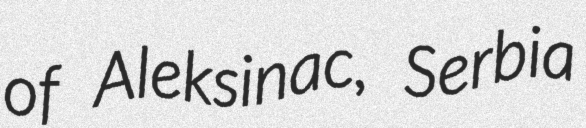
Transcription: of Aleksinac, Serbia